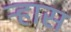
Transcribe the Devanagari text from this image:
ऱ्हास